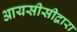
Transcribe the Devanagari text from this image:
आयसीसीद्वारा